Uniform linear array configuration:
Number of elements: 64
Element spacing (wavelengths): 0.25
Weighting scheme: cosine
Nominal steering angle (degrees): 0
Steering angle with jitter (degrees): -0.8716
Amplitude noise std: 0.05
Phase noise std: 0.05

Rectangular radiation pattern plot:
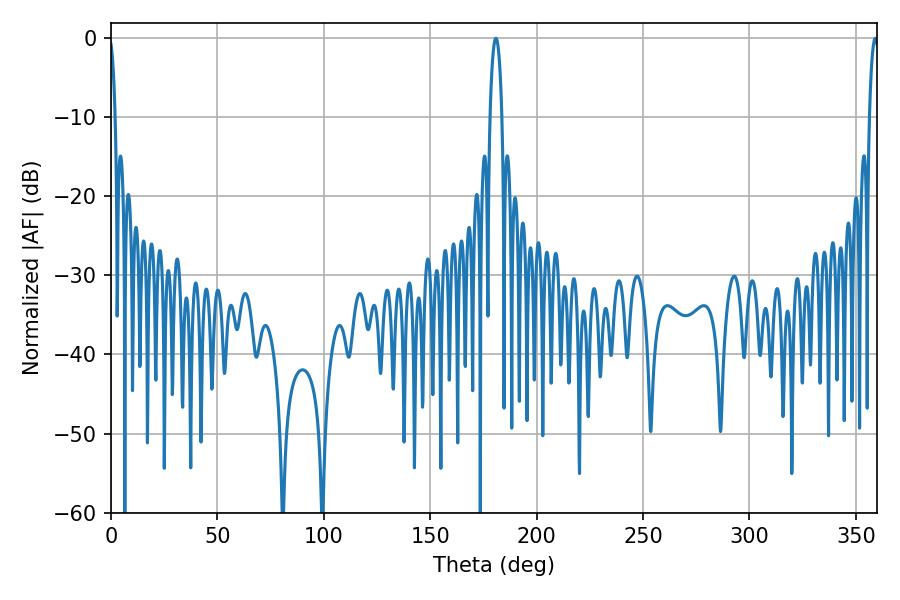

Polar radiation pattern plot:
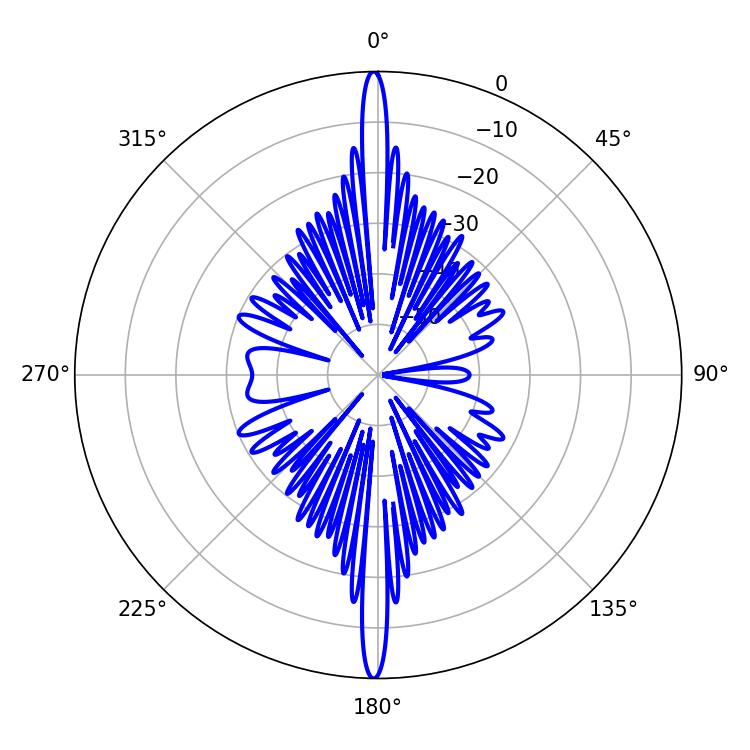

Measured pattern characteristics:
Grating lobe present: FALSE
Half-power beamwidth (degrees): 2.52
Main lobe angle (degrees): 359.1